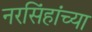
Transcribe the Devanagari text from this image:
नरसिंहांच्या